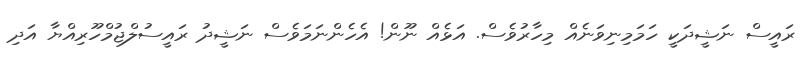
ރައީސް ނަޝީދަކީ ހަމަމިނިވަނެއް މިހާރުވެސް. އަޅެއް ނޫން! އެހެންނަމަވެސް ނަޝީދު ރައީސުލްޖުމްހޫރިއްޔާ އަދި